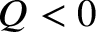
Q < 0